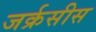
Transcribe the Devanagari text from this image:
जर्क्रसीस